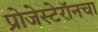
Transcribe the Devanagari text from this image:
प्रोजेस्टेरॉनचा